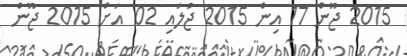
2015 ޖޫން 17 އިން 2015 ޖުލައި 02 އަށް 2015 ޖޫން